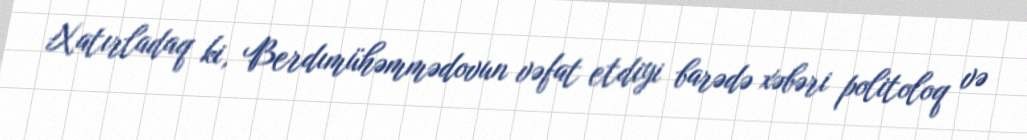
Xatırladaq ki, Berdımühəmmədovun vəfat etdiyi barədə xəbəri politoloq və